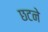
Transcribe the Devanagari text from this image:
छटने